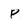
Character: P